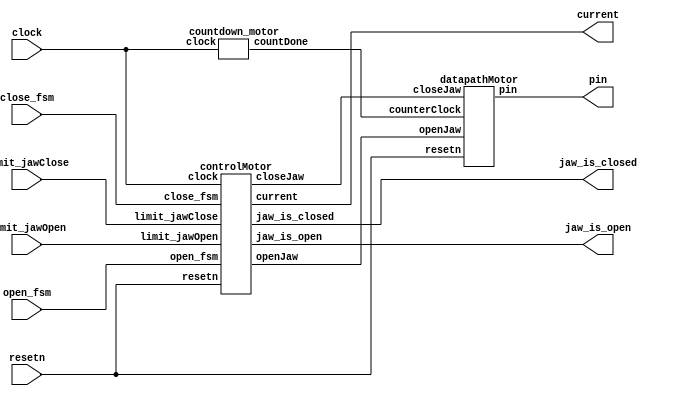
//*********************************TOP MODULE*********************************************************//

//-----variable names::----------------------------------------------------------------------------------//
//open_fsm and close_fsm are signals to open and close coming from the central game control
//limit_jawOpen: limit switch that indicates if jaw is open when depressed (similar for limit_jawClose)
//jaw_is_open and jaw_is_closed are "handshakes" back to the main game control

//---potential bugs:-------------------------------------------------------------------------------------//
//counter that is used to slow the motor
//signal may not get thru to the FPGA since there is no initial value for countVal

module motorFSM(clock, resetn, open_fsm, close_fsm, limit_jawOpen, limit_jawClose, jaw_is_open, jaw_is_closed, pin, current);

    input clock, resetn, open_fsm, close_fsm, limit_jawOpen, limit_jawClose;
    output jaw_is_open, jaw_is_closed;
    output [3:0]pin;
    
    wire openJaw, closeJaw, counterClock;
	 output [3:0] current;
    
    //everytime the countDone == 1 --> rising edge of the counterClock
    //counterClock used to slow down the motor
    countdown_motor countdown_motor(.clock(clock), .countDone(counterClock));

    controlMotor controlMotor1(.clock(clock),
                               .resetn(resetn), 
                                .open_fsm(open_fsm), 
                                .close_fsm(close_fsm),
                                .limit_jawOpen(limit_jawOpen), 
                                .limit_jawClose(limit_jawClose), 
                                .openJaw(openJaw), 
                                .closeJaw(closeJaw), 
                                .jaw_is_open(jaw_is_open), 
                                .jaw_is_closed(jaw_is_closed),
										  .current(current));
    
        
    datapathMotor datapathMotor1(.counterClock(counterClock), 
                                .resetn(resetn), 
                                .openJaw(openJaw), 
                                .closeJaw(closeJaw), 
                                .pin(pin));
endmodule













//reset will be connected to the reset that exists in all of the modules
//reset doesn't do anything...mostly for modelsim purposes

module controlMotor(clock, resetn, open_fsm, close_fsm, limit_jawOpen, limit_jawClose, openJaw, closeJaw, jaw_is_open, jaw_is_closed, current) ;
    
    input clock, resetn, open_fsm, close_fsm; //open_fsm and close_fsm: signals from central game control that tells this module what to do
    input limit_jawOpen, limit_jawClose; //limit switches to detect if jaw is open or closed
    
    output reg openJaw, closeJaw; //to control the motor
    output reg jaw_is_closed, jaw_is_open; //"handshake" for the central game control
    
    //state registers
    output reg[3:0] current;
	 reg [3:0] next;
    
    //hold state is to allow time for the central game control to check game status (aka if hand is caught or not)
    //should recieve signal from central game control to open back up the jaws
    localparam READY = 4'd0,
					CLOSE = 4'd1, 
					HOLD  = 4'd2,
					OPEN  = 4'd3;
    
    //state table
    always @(*)
    begin: state_table
		case(current)
			READY: begin
            if (close_fsm) next = CLOSE;	//goes to CLOSE state if close signal recieved
				else if(open_fsm) next = OPEN; //goes to OPEN state if open signal recieved
			end      
			CLOSE: begin
            if (limit_jawClose) next = READY; //returns to READY if when jaw is closed
				else if(open_fsm) next = OPEN;	//goes to OPEN if open signal recieved
			end     
			OPEN: begin
            if (limit_jawOpen) next = READY;  //returns to READY if when jaw is opened
			end
			default: next = READY;
		endcase
    end
    
    //datapath controls
    always @ (*)
    begin: enable_signals
        closeJaw = 'd0;
        openJaw = 'd0;
        jaw_is_closed = 'd0;
        jaw_is_open = 'd0;
        
        case (current)
            READY: begin
                closeJaw = 'd0;
                openJaw = 'd0;
                jaw_is_closed = 'd0;
                jaw_is_open = 'd1;
            end
            
            CLOSE: begin
                closeJaw = 'd1;
                openJaw = 'd0;
                jaw_is_closed = 'd0;
                jaw_is_open = 'd0;
            end
            
            HOLD: begin
                closeJaw = 'd0;
                openJaw = 'd0;
                jaw_is_closed = 'd1;
                jaw_is_open = 'd0;
            end
            
            OPEN: begin
                closeJaw = 'd0;
                openJaw = 'd1;
                jaw_is_closed = 'd0;
                jaw_is_open = 'd0;
            end
        endcase
    end
    
    //current state registers
    always @ (posedge clock) 
        begin
            if (!resetn) current <=READY;
            else current <= next;
        end

endmodule


//there will be a feedback loop to see which pins were last triggered
module datapathMotor(counterClock, resetn, openJaw, closeJaw, pin);

    input counterClock, resetn, openJaw, closeJaw;
    output reg [3:0]pin;
	 
	 reg [3:0]even_odd;
    
    // //output to pins also stored in wires
    // wire [3:0]p;
    
    always @ (posedge counterClock) begin
        even_odd <= even_odd + 1;
		  
		  if (!resetn) begin
            pin[3:0] <= 'd0;
        end
		  
		  
        
        else if (closeJaw) begin
            case (pin[3:0])
                4'b1100: pin = 4'b0110;
                4'b0110: pin = 4'b0011;
                4'b0011: pin = 4'b1001;
                4'b1001: pin = 4'b1100;
                default: pin = 4'b1100;
            endcase
        end
        
		  
		  
		  else if (openJaw) begin
				if(even_odd == 0 || even_odd == 3 || even_odd == 6 || even_odd == 9 || even_odd == 12) begin
					case (pin[3:0])
						 4'b0011: pin = 4'b0110;
						 4'b0110: pin = 4'b1100;
						 4'b1100: pin = 4'b1001;
						 4'b1001: pin = 4'b0011;
						 default: pin = 4'b0011;
					endcase
			  end
		  end
        
        //when the motor shouldnt be stimulated
        else begin
            case (pin[3:0])
                4'b1100: pin = 4'b0000;
                4'b0110: pin = 4'b0000;
                4'b0011: pin = 4'b0000;
                4'b1001: pin = 4'b0000;
					 default: pin = 4'b0000;
            endcase
        end
        
    end    
endmodule

//motor clock....values need to be changed
//potential bugs in here...not sure if resetn is needed? **********************
module countdown_motor(clock, countDone);
    input clock;
    output reg countDone;
    
    reg [32:0]countVal;
    
    always @(posedge clock) begin
        if (countVal == 'd0) begin
            countVal <= 'd100000; //change values as needed
		      countDone <= 1;
	    end

	    else if(countVal != 'd0) begin
		    countVal <= countVal - 1;
		    countDone <= 0;
	    end
    end
endmodule